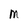
Character: M